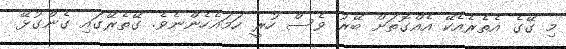
މި ގޭގެ އެތެރެއެކޭ އެއްގޮތަށް ބޭރު ވެސް ހުރީ ހަމައެހެންނެވެ. ގޭތެރޭގައި ގެންގުޅޭ